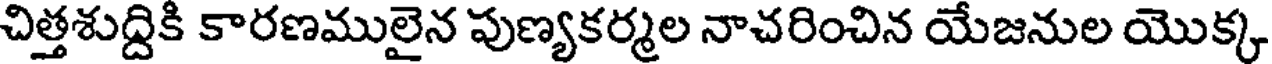
చిత్తశుద్దికి కారణములైన పుణ్యకర్మల నాచరించిన యేజనుల యొక్క